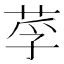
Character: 莩